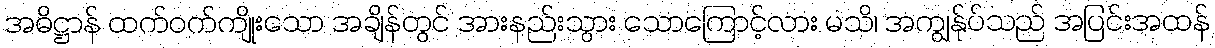
အဓိဋ္ဌာန် ထက်ဝက်ကျိုးသော အချိန်တွင် အားနည်းသွား သောကြောင့်လား မသိ၊ အကျွန်ုပ်သည် အပြင်းအထန်